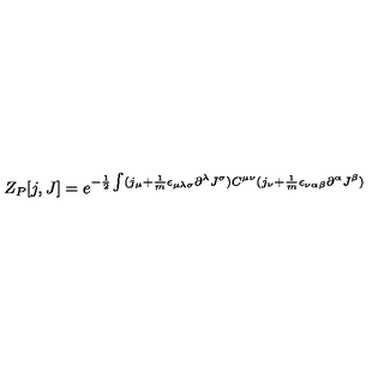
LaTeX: Z _ { P } [ j , J ] = e ^ { - \frac { 1 } { 2 } \int ( j _ { \mu } + \frac { 1 } { m } \epsilon _ { \mu \lambda \sigma } \partial ^ { \lambda } J ^ { \sigma } ) C ^ { \mu \nu } ( j _ { \nu } + \frac { 1 } { m } \epsilon _ { \nu \alpha \beta } \partial ^ { \alpha } J ^ { \beta } ) }